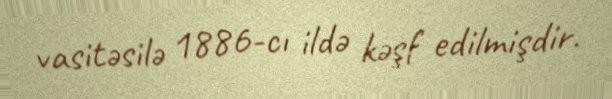
vasitəsilə 1886-cı ildə kəşf edilmişdir.